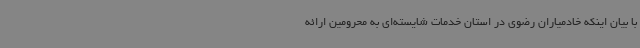
با بیان اینکه خادمیاران رضوی در استان خدمات شایسته‌ای به محرومین ارائه